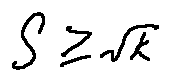
S \geq \sqrt { k }